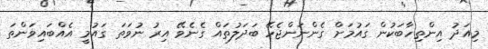
މިއަދު އިންތިހާބަކުން ގައުމަށް ގެންނަންޖެހޭ ބަދަލުތައް ގެނެވޭ އިރު ނުވަތަ ގައުމީ އެއްބައިވަންތަ